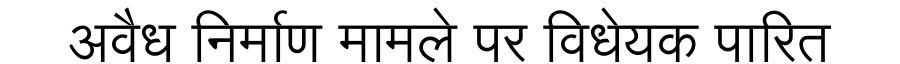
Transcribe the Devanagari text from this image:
अवैध निर्माण मामले पर विधेयक पारित